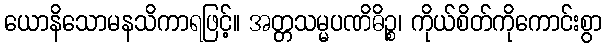
ယောနိသောမနသိကာရဖြင့်။ အတ္တသမ္မပဏိဓိဉ္စ၊ ကိုယ်စိတ်ကိုကောင်းစွာ